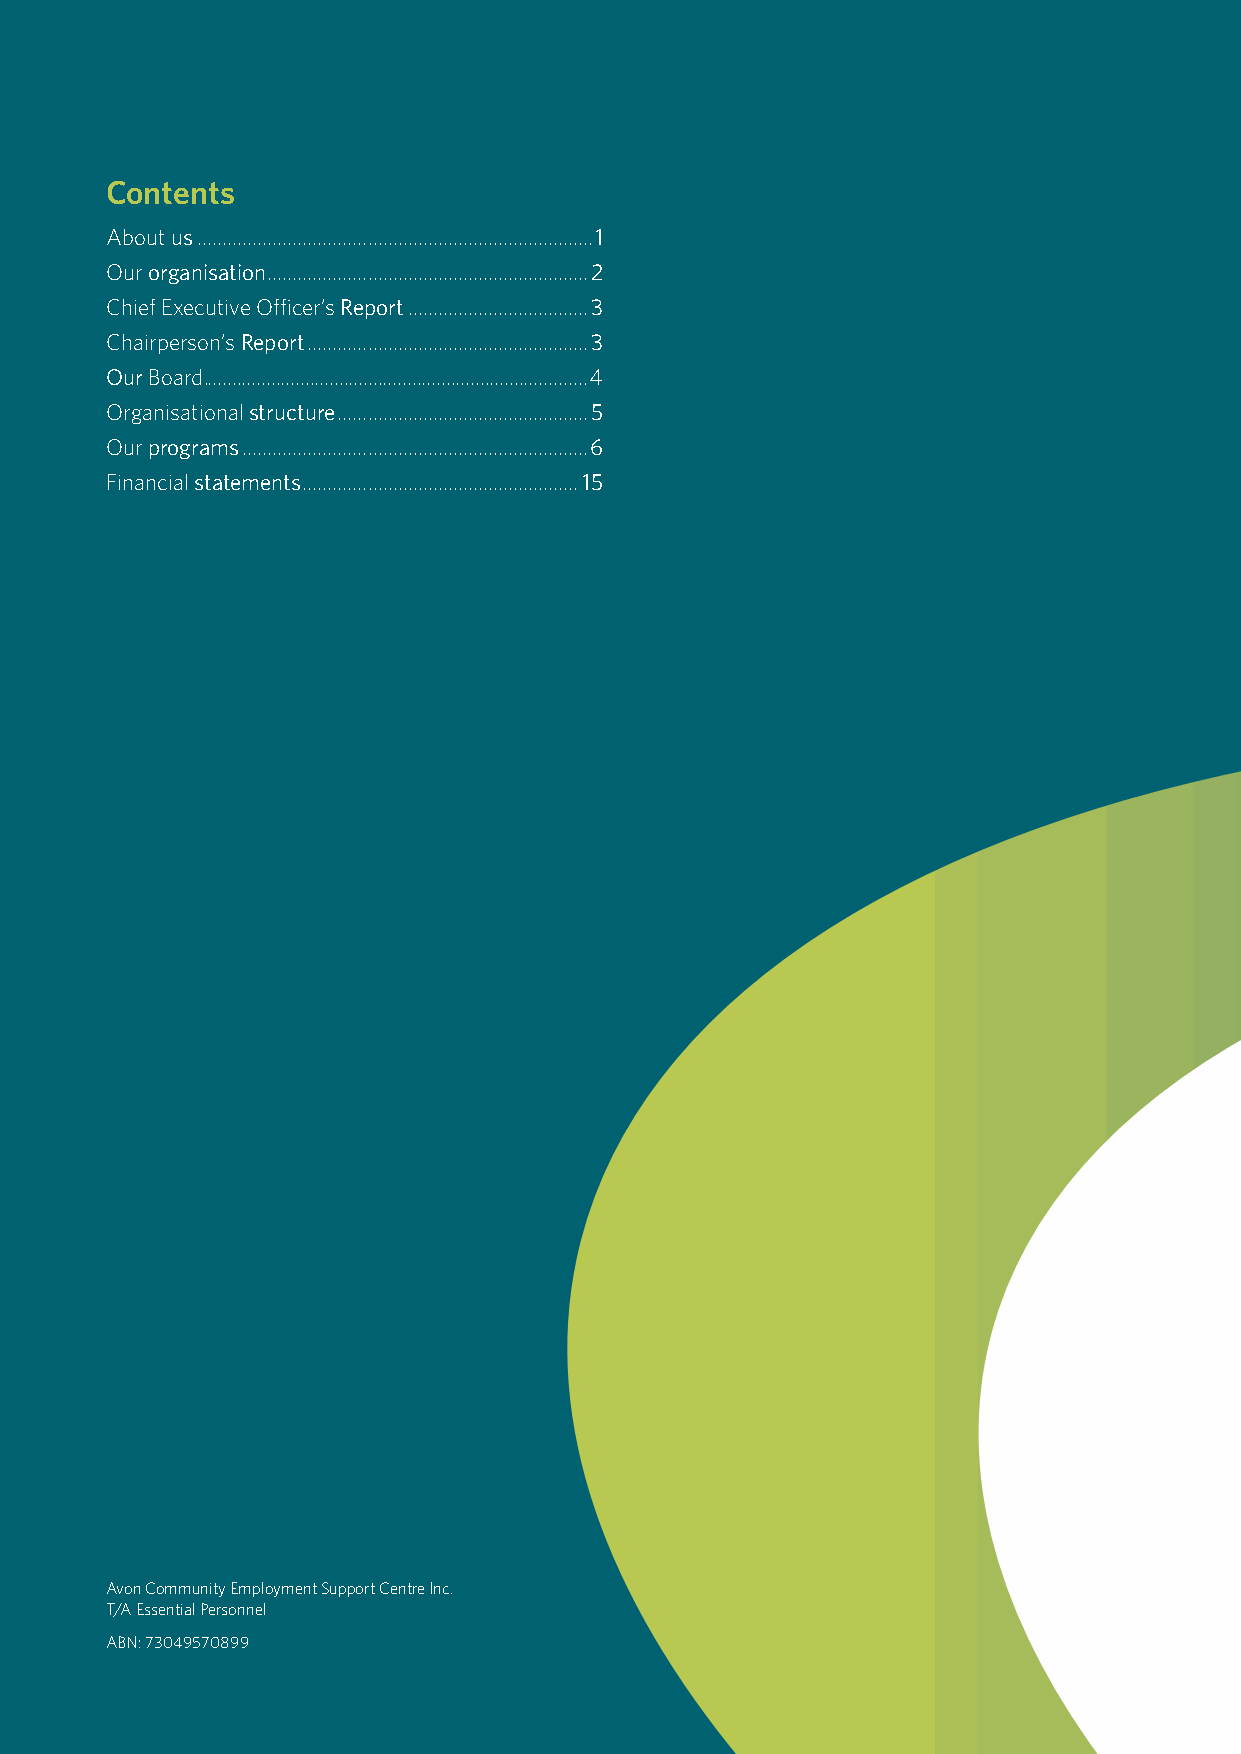
Contents
 About us................................................................................1
 Our organisation.................................................................2
 Chief Executive Officer’s Report.....................................3
 Chairperson’s Report.........................................................3
 Our Board ...............................................................................4
 Organisational structure...................................................5
 Our programs......................................................................6
 Financial statements........................................................15
 Avon Community Employment Support Centre Inc.
 T/A Essential Personnel
 ABN: 73049570899